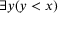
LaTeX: \exists y ( y < x )